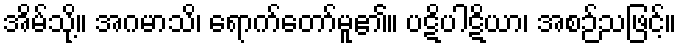
အိမ်သို့။ အဂမာသိ၊ ရောက်တော်မူ၏။ ပဋိပါဋိယာ၊ အစဉ်သဖြင့်။